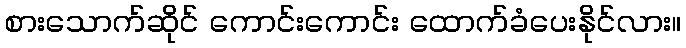
စားသောက်ဆိုင် ကောင်းကောင်း ထောက်ခံပေးနိုင်လား။